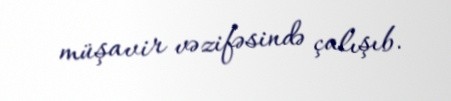
müşavir vəzifəsində çalışıb.